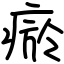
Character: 瘀